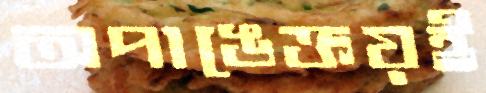
অপাঙেক্তয়ই